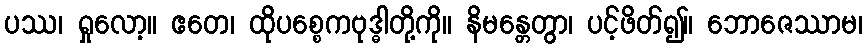
ပဿ၊ ရှုလော့။ ဧတေ၊ ထိုပစ္စေကဗုဒ္ဓါတို့ကို။ နိမန္တေတွာ၊ ပင့်ဖိတ်၍။ ဘောဇေဿာမ၊